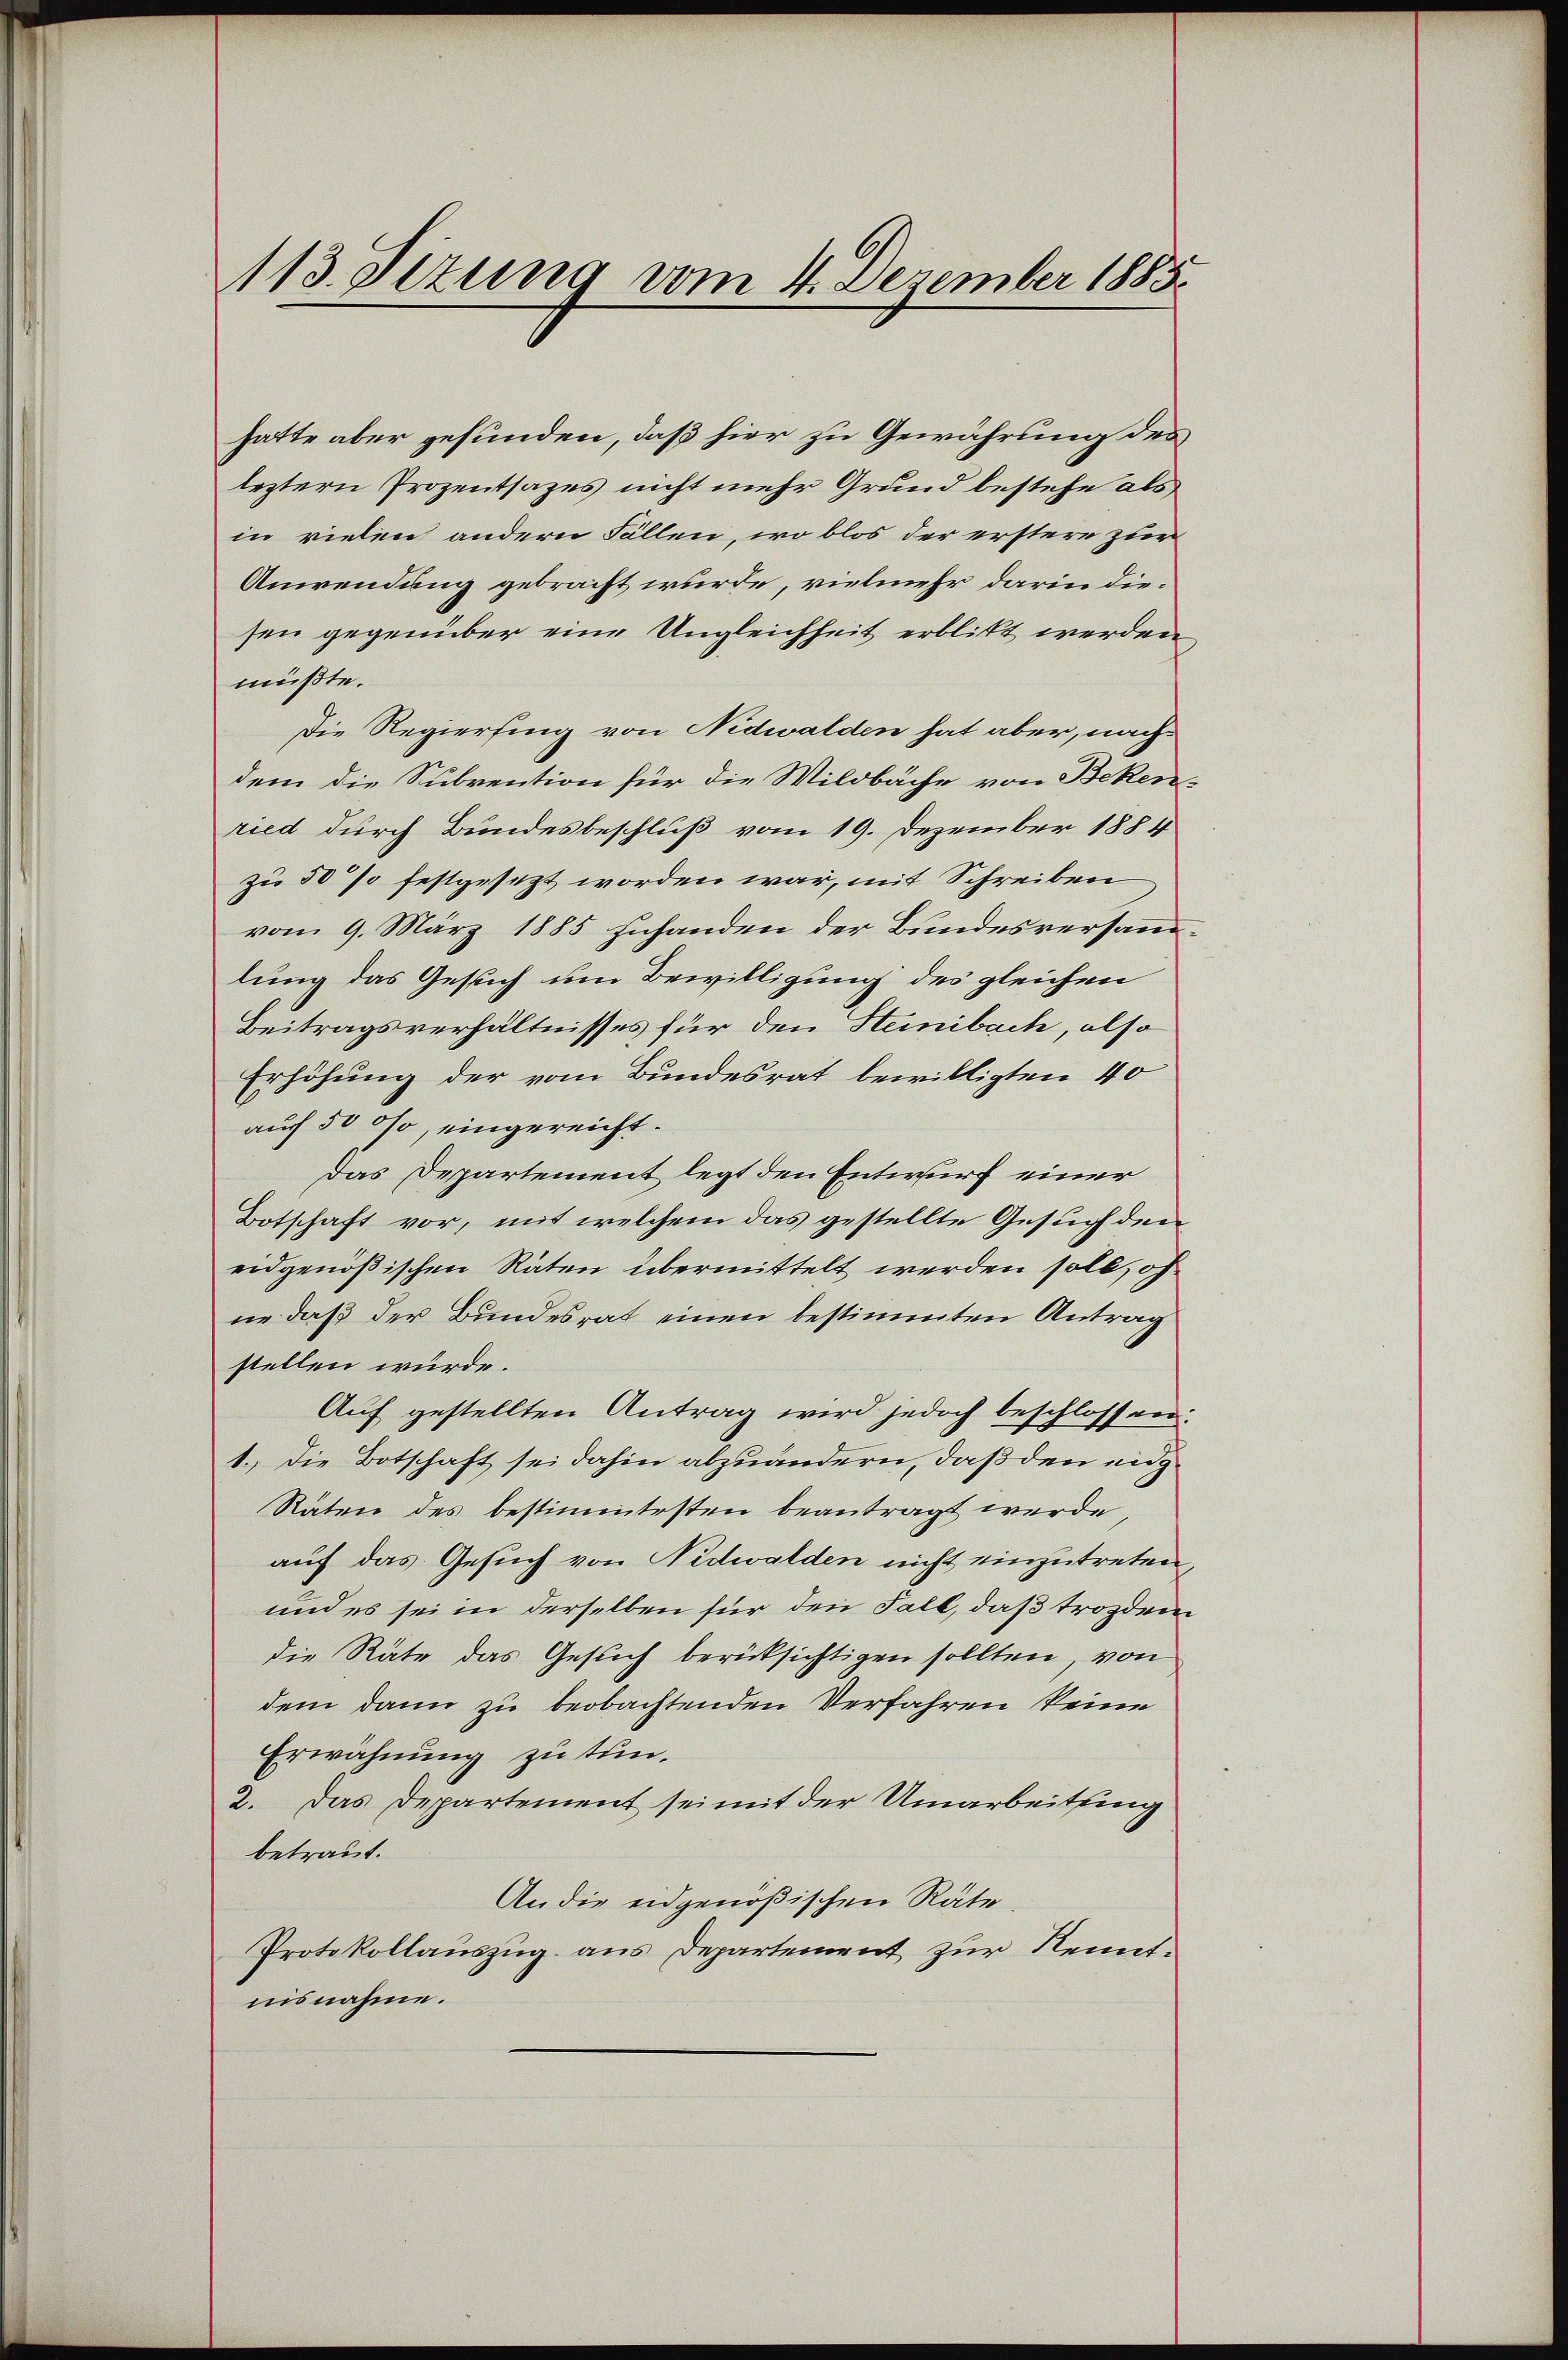
hatte aber gefunden, daß hier zu Gewährung des
leztern Prozentsazes nicht mehr Grund bestehe als
in vielen andern Fällen, wo blos der erstere zur
Anwendung gebracht wurde, vielmehr darin diesen gegenüber eine Ungleichheit erblickt werden
müßte.
Die Regierung von Nidwalden hat aber, nach
dem die Subvention für die Wildbäche von Beken
ried durch Bundesbeschluß vom 19. Dezember 1884
zu 50 so festgesezt worden war, mit Schreiben
vom 9. März 1885 zuhanden der Bundesversamm
lung das Gesuch um Bewilligung des gleichen
Beitragsverhältnisses für den Steinbach, also
Erhöhung der vom Bundesrat bewilligten 40
auch 50 so, eingereicht.
Das Departement legt den Entwurf einer
Botschaft vor, mit welchem das gestellte Gesuch den
eidgenößischen Räten übermittelt werden soll, ohne daß der Bundesrat einen bestimmten Antrag
stellen würde.
Auf gestellten Antrag wird jedoch beschlossen.
1.) Die Botschaft sei dahin abzuändern, daß den eig¬
Räten des bestimmtesten beantragt werde,
auf das Gesuch von Nidwalden nicht einzutreten
und es sei in derselben für den Fall, daß trozdem
die Räte das Gesuch berücksichtigen sollten, von
dem dann zu beobachtenden Verfahren keine
Erwähnung zu tun.
2. Das Departement sei mit der Umarbeitung
betraut.
An die eidgenößischen Räte
Protokollauszug aus Departement zur Kenntnisnahme.

113. Sizung vom 4. Dezember 1883.

u